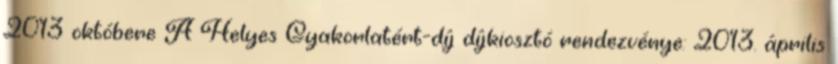
2013 októbere A Helyes Gyakorlatért-díj díjkiosztó rendezvénye: 2013. április